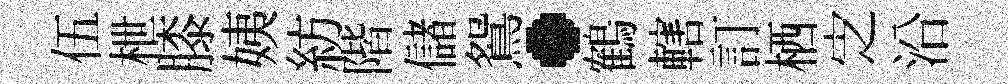
伍枻膝姨紡階儲鴛·鶴轄訂栖㝎沿